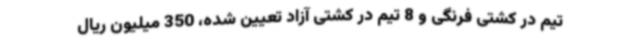
تیم در کشتی فرنگی و 8 تیم در کشتی آزاد تعیین شده، 350 میلیون ریال